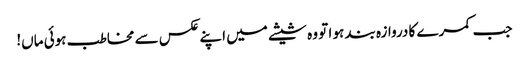
جب کمرے کا دروازہ بند ہو ا تو وہ شیشے میں اپنے عکس سے مخاطب ہوئی ماں!